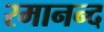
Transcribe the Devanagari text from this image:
रमानन्द